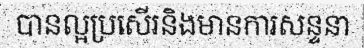
បានល្អប្រសើរនិងមានការសន្ទនា